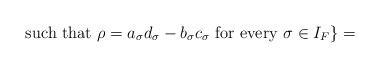
LaTeX: \begin{align*} \ \mbox{such that} \ \rho=a_{\sigma}d_{\sigma}-b_{\sigma}c_{\sigma} \ \mbox{for every} \ \sigma \in I_F\} =\end{align*}